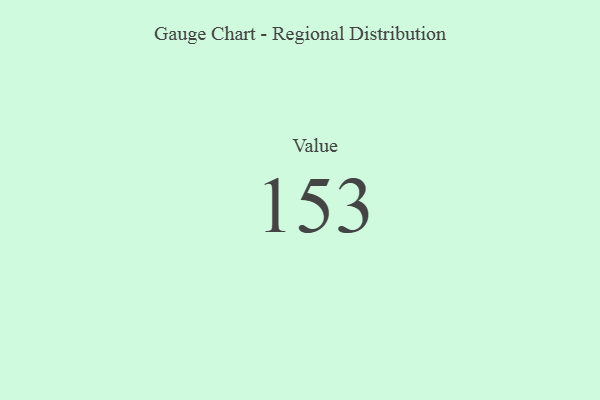
{"axis": {"x": "Metric", "y": "Value"}, "legend": [""], "data": [{"x": "Value", "y": 153, "type": ""}]}